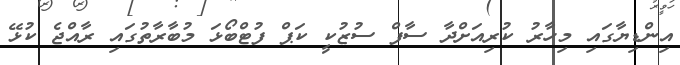
އިންޑިޔާގައި މިހާރު ކުރިއަށްދާ ސާފް ސުޒުކީ ކަޕް ފުޓްބޯޅަ މުބާރާތުގައި ރާއްޖެ ކުޅޭ